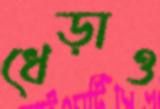
ধেড়াও